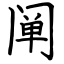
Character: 阐